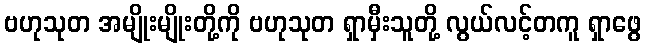
ဗဟုသုတ အမျိုးမျိုးတို့ကို ဗဟုသုတ ရှာမှီးသူတို့ လွယ်လင့်တကူ ရှာဖွေ